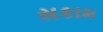
સકામ